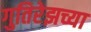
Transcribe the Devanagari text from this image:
गुतिरेझच्या